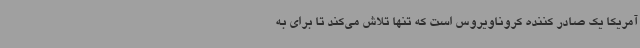
آمریکا یک صادر کننده کروناویروس است که تنها تلاش می‌کند تا برای به